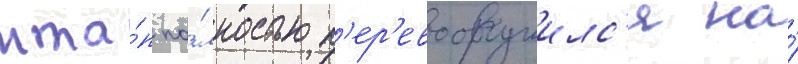
мта́п по́лностью п'ер'евооружилс'я на́